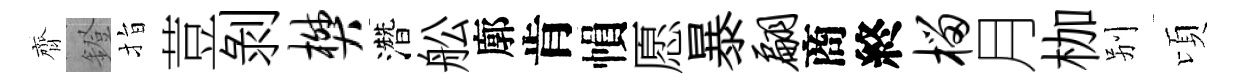
齊鐙指荳剝樊濳舩廓肯𢄙愿暴翩商終榴月枷别頃